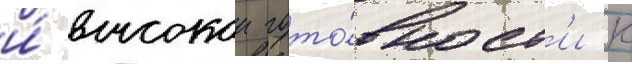
и́ высокои гото́вност'и к